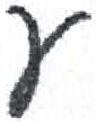
אות: ע